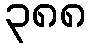
၃၈၈